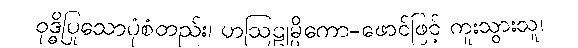
ဝုဒ္ဓိပြုသောပုံစံတည်း၊ ဟဩဠုမ္ပိကော-ဖောင်ဖြင့် ကူးသွားသူ၊